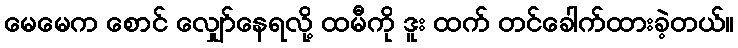
မေမေက စောင် လျှော်နေရလို့ ထမီကို ဒူး ထက် တင်ခေါက်ထားခဲ့တယ်။